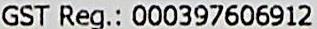
GST REG.: 000397606912